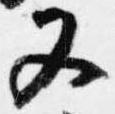
又